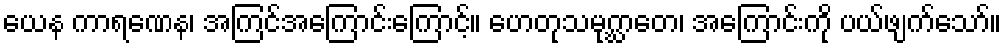
ယေန ကာရဏေန၊ အကြင်အကြောင်းကြောင့်။ ဟေတုသမုဂ္ဃာတေ၊ အကြောင်းကို ပယ်ဖျက်သော်။